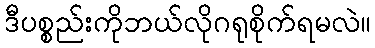
ဒီပစ္စည်းကိုဘယ်လိုဂရုစိုက်ရမလဲ။